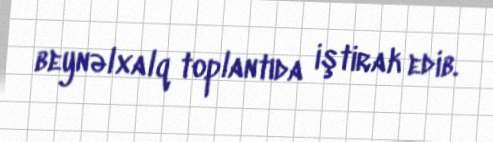
beynəlxalq toplantıda iştirak edib.